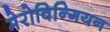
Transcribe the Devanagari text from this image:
मेरोविन्गियन